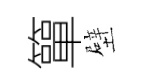
簞壁